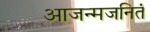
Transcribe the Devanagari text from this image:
आजन्मजनितं